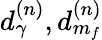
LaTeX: d_{\gamma}^{(n)},d_{m_{f}}^{(n)}